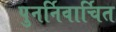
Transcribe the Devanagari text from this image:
पुनर्निवार्चित